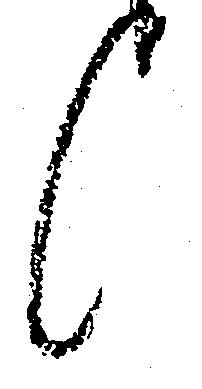
候